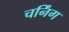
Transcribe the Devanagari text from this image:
चर्निंग